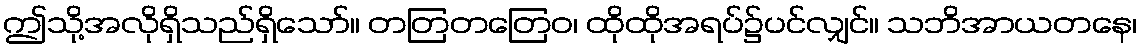
ဤသို့အလိုရှိသည်ရှိသော်။ တတြတတြေဝ၊ ထိုထိုအရပ်၌ပင်လျှင်။ သဘိအာယတနေ၊